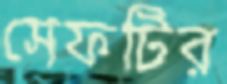
সেফটির